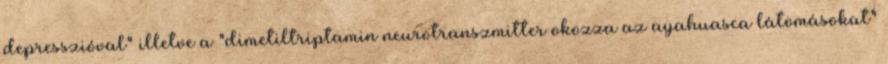
depresszióval" illetve a "dimetiltriptamin neurotranszmitter okozza az ayahuasca látomásokat"